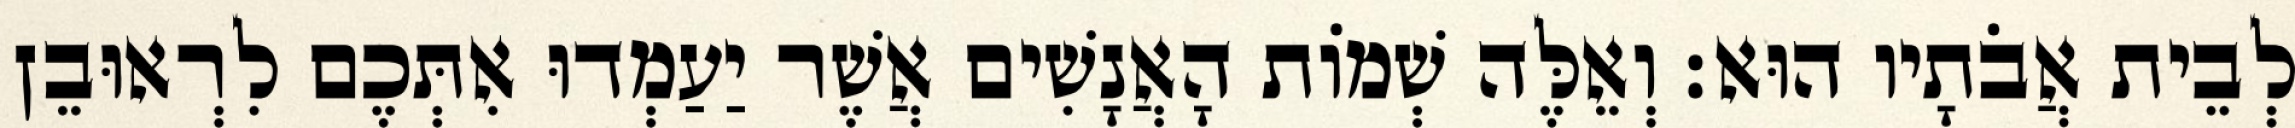
לְבֵית אֲבֹתָיו הוּא׃ וְאֵלֶּה שְׁמוֹת הָאֲנָשִׁים אֲשֶׁר יַעַמְדוּ אִתְּכֶם לִרְאוּבֵן